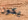
يكون